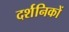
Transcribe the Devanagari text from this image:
दर्शनिकों